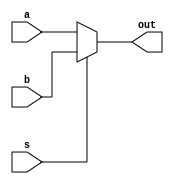
module mux_2to1_5bit(a, b, s, out);
	input [4:0] a, b;
	input s;
	output [4:0] out;
	
	assign out = s ? b : a;
	
endmodule